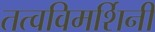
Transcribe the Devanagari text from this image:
तत्वविमर्शिनी